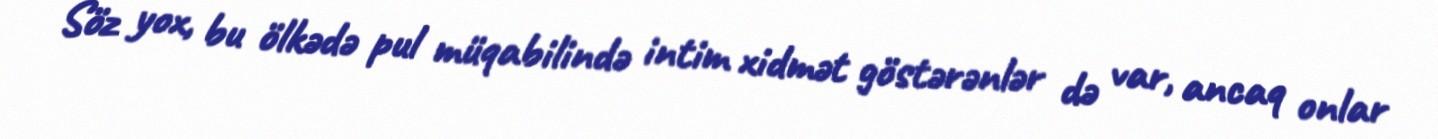
Söz yox, bu ölkədə pul müqabilində intim xidmət göstərənlər də var, ancaq onlar